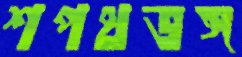
শপথভঙ্গ